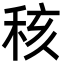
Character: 𥞨